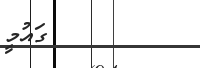
ގައުމީ